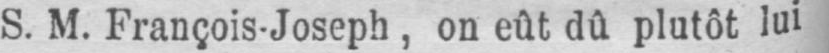
S. M. François-Joseph, on eût dû plutôt lui